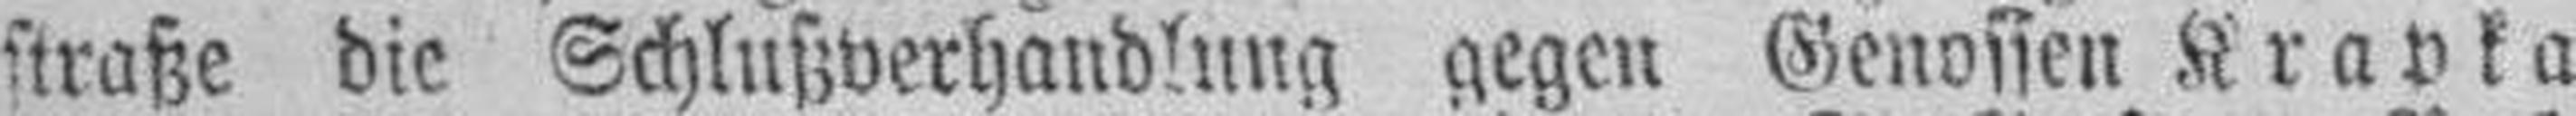
straße die Schlußverhandlung gegen Genossen Krapka